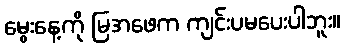
မွေးနေ့ကို မြအဖေက ကျင်းပမပေးပါဘူး။